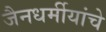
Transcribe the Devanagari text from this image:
जैनधर्मीयांचे